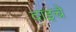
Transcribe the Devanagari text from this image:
दाइचे